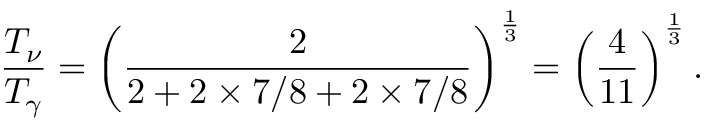
{ \frac { T _ { \nu } } { T _ { \gamma } } } = \left( { \frac { 2 } { 2 + 2 \times 7 / 8 + 2 \times 7 / 8 } } \right) ^ { \frac { 1 } { 3 } } = \left( { \frac { 4 } { 1 1 } } \right) ^ { \frac { 1 } { 3 } } .